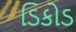
ડિકોડ